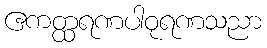
ဧကတ္ထရဏပါဝုရဏသညာ